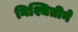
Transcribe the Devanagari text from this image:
निश्चितीने